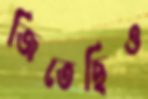
জিতেছিও